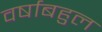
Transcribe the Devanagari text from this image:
वर्षाबहुल